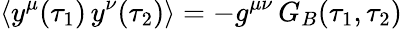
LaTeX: \langle y^{\mu}(\tau_{1})\, y^{\nu}(\tau_{2})\rangle=-g^{\mu\nu}\, G_{B}(\tau_{1},\tau_{2})